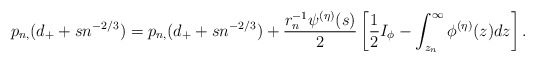
\begin{align*}p_{n,}(d_++sn^{-2/3})&=p_{n,}(d_++sn^{-2/3})+\frac{r_n^{-1}\psi^{(\eta)}(s)}2\left[\frac12 I_\phi-\int_{z_n}^\infty\phi^{(\eta)}(z)dz\right].\end{align*}